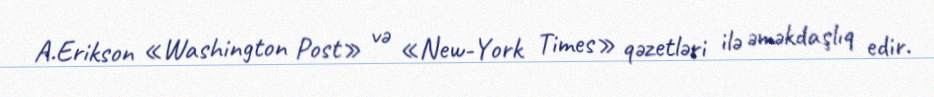
A.Erikson «Washington Post» və «New-York Times» qəzetləri ilə əməkdaşlıq edir.